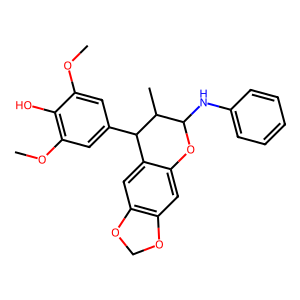
SMILES: COc1cc(C2c3cc4c(cc3OC(Nc3ccccc3)C2C)OCO4)cc(OC)c1O
Inhibits HIV replication: No